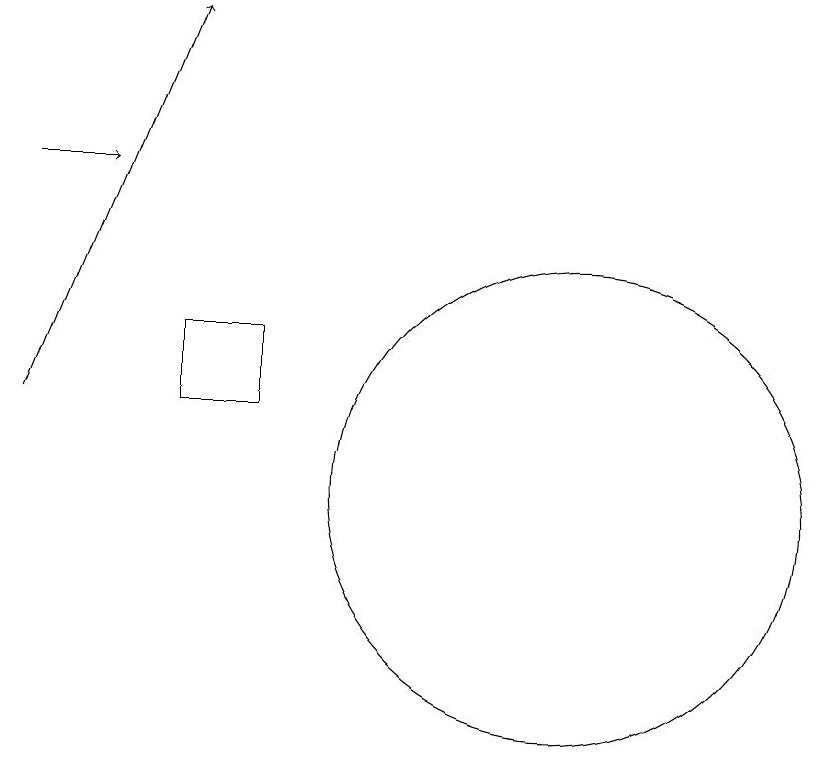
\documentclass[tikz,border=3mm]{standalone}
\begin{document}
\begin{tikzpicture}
\draw (6,13) rectangle (5,12);
\draw[->] (3,15) -- (4,15);
\draw[->] (3,12) -- (5,17);
\draw (10,11) circle (3);
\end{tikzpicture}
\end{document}